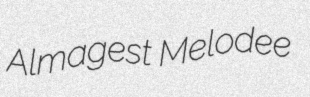
Almagest Melodee